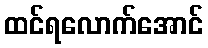
ထင်ရလောက်အောင်